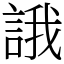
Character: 誐